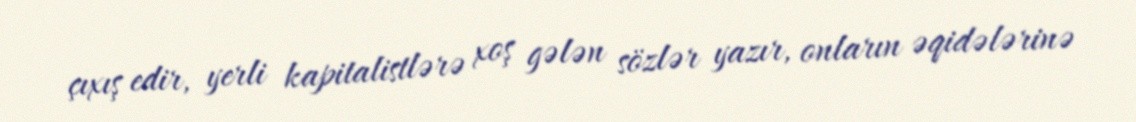
çıxış edir, yerli kapitalistlərə xoş gələn sözlər yazır, onların əqidələrinə